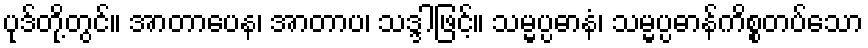
ပုဒ်တို့တွင်။ အာတာပေန၊ အာတာပ၊ သဒ္ဒါဖြင့်။ သမ္မပ္ပဓာနံ၊ သမ္မပ္ပဓာန်ကိစ္စတပ်သော